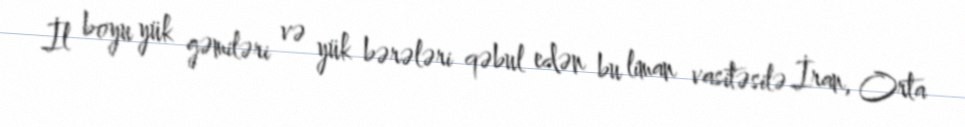
İl boyu yük gəmiləri və yük bərələri qəbul edən bu liman vasitəsilə İran, Orta